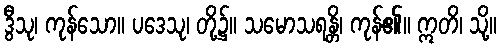
ဒွီသု၊ ကုန်သော။ ပဒေသု၊ တို့၌။ သမောသရန္တိ၊ ကုန်၏။ ဣတိ၊ သို့။